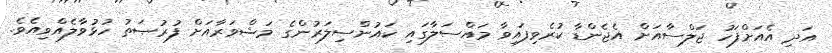
އަދި އެއަށްފަހު ޖަލްސާއަށް އެޖެންޑާ ކުރެވިފައިވާ މައްސަލާގައި ކައުންސިލަރުންގެ މަޝްވަރާއަށް ފުރުޞަތު ހުޅުވާލެއްވިއެވެ.